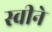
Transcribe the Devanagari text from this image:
स्वीने